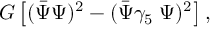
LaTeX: G \left[ ( \bar { \Psi } \Psi ) ^ { 2 } - ( \bar { \Psi } \gamma _ { 5 } { \bf \tau } \Psi ) ^ { 2 } \right] ,